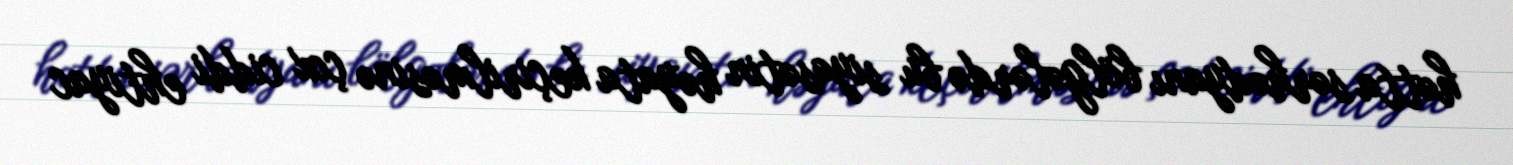
hətta sərhədyanı bölgələrdə bu siyasətin həyata keçirilməsinə çox ciddi ehtiyac